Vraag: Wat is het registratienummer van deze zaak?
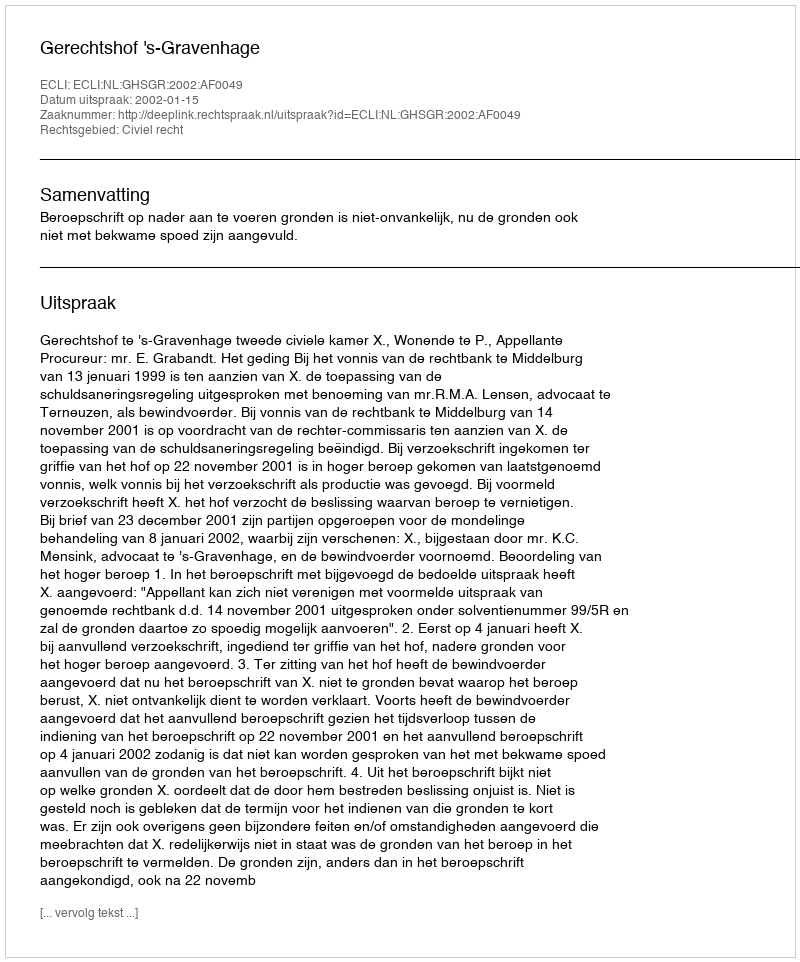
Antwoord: http://deeplink.rechtspraak.nl/uitspraak?id=ECLI:NL:GHSGR:2002:AF0049